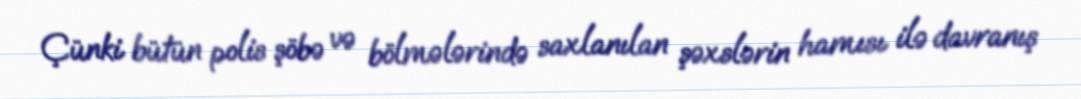
Çünki bütün polis şöbə və bölmələrində saxlanılan şəxslərin hamısı ilə davranış